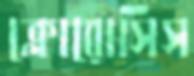
ক্লোরোসিস